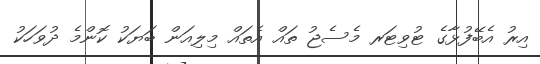
އިރު އެބޭފުޅާގެ ޓުވިޓަރ މެސެޖު ތައް އެތައް މިލިއަން ބަޔަކު ކޮންމެ ދުވަހަކު